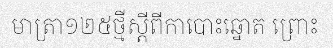
មាត្រា១២៥ថ្មីស្តីពីកាបោះឆ្នោត ព្រោះ